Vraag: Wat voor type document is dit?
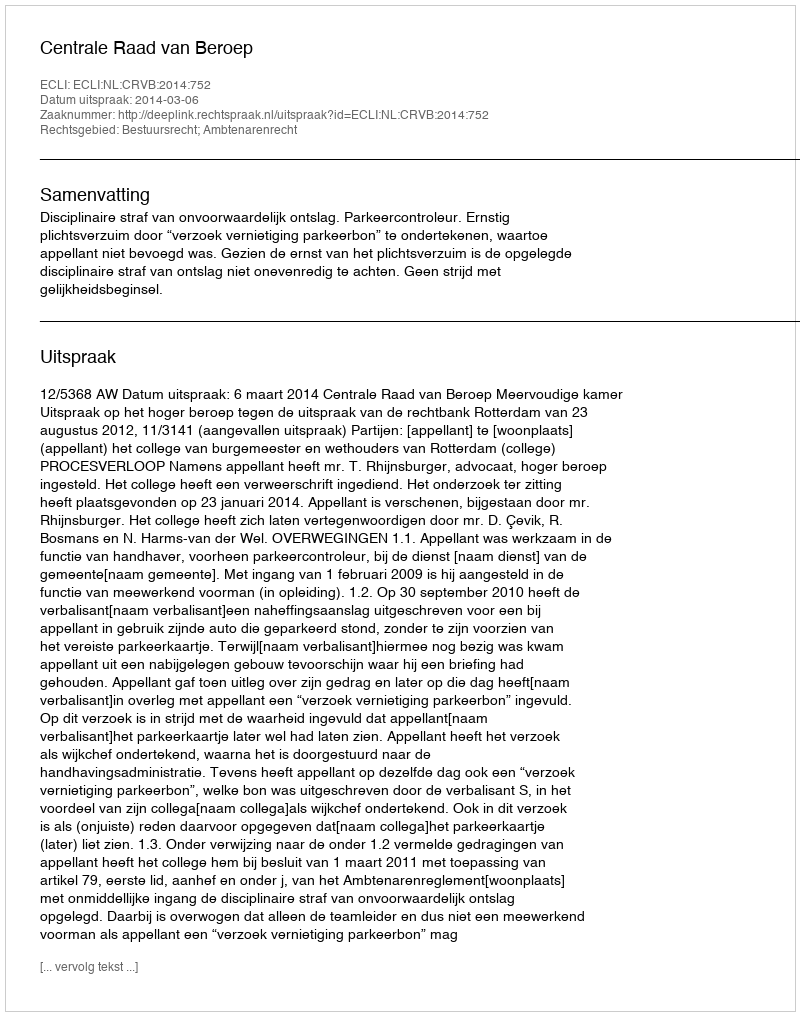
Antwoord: Uitspraak